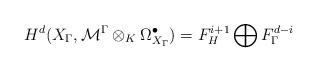
LaTeX: \begin{align*}H^{d}(X_{\Gamma},{\mathcal {M}}^{\Gamma}\otimes_K\Omega^{\bullet}_{{X}_{\Gamma}} )=F_H^{i+1}\bigoplus F_{\Gamma}^{d-i}\end{align*}